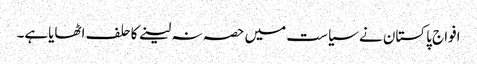
افواج پاکستان نے سیاست میں حصہ نہ لینے کاحلف اٹھایاہے۔